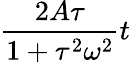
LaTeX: \frac{2A\tau}{1+\tau^{2}\omega^{2}}t